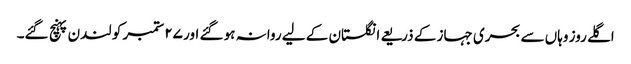
اگلے روز وہاں سے بحری جہاز کے ذریعے انگلستان کے لیے روانہ ہو گئے اور ٢۷ ستمبر کو لندن پہنچ گئے۔